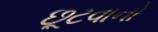
છૂટવાનો